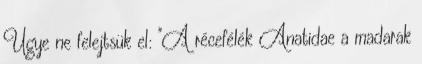
Ugye ne felejtsük el: "A récefélék Anatidae a madarak